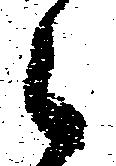
之